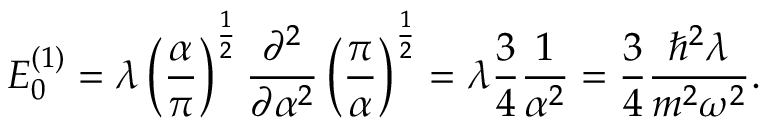
E _ { 0 } ^ { ( 1 ) } = \lambda \left( { \frac { \alpha } { \pi } } \right) ^ { \frac { 1 } { 2 } } { \frac { \partial ^ { 2 } } { \partial \alpha ^ { 2 } } } \left( { \frac { \pi } { \alpha } } \right) ^ { \frac { 1 } { 2 } } = \lambda { \frac { 3 } { 4 } } { \frac { 1 } { \alpha ^ { 2 } } } = { \frac { 3 } { 4 } } { \frac { \hbar ^ { 2 } \lambda } { m ^ { 2 } \omega ^ { 2 } } } .